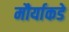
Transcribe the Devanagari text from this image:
मौर्याकडे